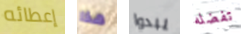
إعطائه هذا يبدوا تفضله